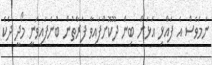
ނަމަވެސް އެ ފައްޅި އަޅަން ބިން ދޫކޮށްފައިވާ ފަރާތުން ބުނެފައިވަނީ މޯދީ ދެކެ